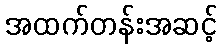
အထက်တန်းအဆင့်